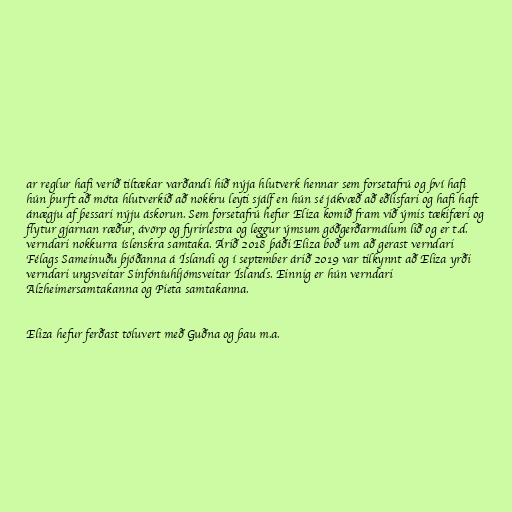
ar reglur hafi verið tiltækar varðandi hið nýja hlutverk hennar sem forsetafrú og því hafi
hún þurft að móta hlutverkið að nokkru leyti sjálf en hún sé jákvæð að eðlisfari og hafi haft
ánægju af þessari nýju áskorun. Sem forsetafrú hefur Eliza komið fram við ýmis tækifæri og
flytur gjarnan ræður, ávörp og fyrirlestra og leggur ýmsum góðgerðarmálum lið og er t.d.
verndari nokkurra íslenskra samtaka. Árið 2018 þáði Eliza boð um að gerast verndari
Félags Sameinuðu þjóðanna á Íslandi og í september árið 2019 var tilkynnt að Eliza yrði
verndari ungsveitar Sinfóníuhljómsveitar Íslands. Einnig er hún verndari
Alzheimersamtakanna og Pieta samtakanna.

Eliza hefur ferðast töluvert með Guðna og þau m.a.